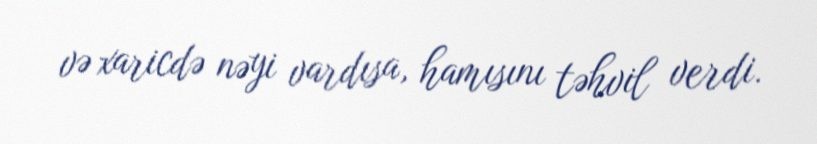
və xaricdə nəyi vardısa, hamısını təhvil verdi.